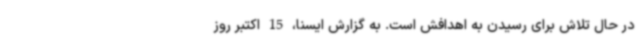
در حال تلاش برای رسیدن به اهدافش است. به گزارش ایسنا، 15 اکتبر روز